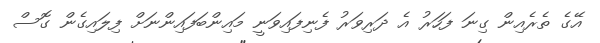
އޭގެ ތެރެއިން ގިނަ ފަހަރު އެ ދަރިވަރު ފެނިފައިވަނީ މައިންބަފައިންނަށް ފިލައިގެން ގޮސް